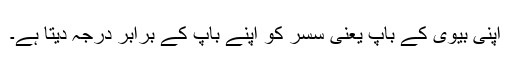
اپنی بیوی کے باپ یعنی سسر کو اپنے باپ کے برابر درجہ دیتا ہے۔